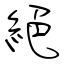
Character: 絕